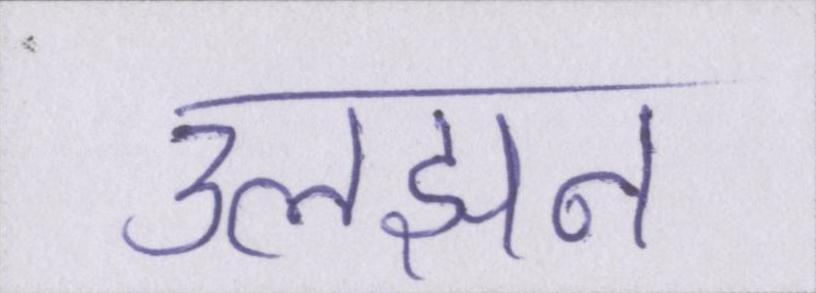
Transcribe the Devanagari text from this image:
उलझन